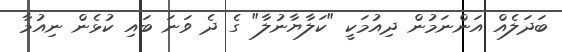
ބަދަލެއް އަންނަމުން ދިއުމަކީ "ކަލާޔާނުލާ" ގެ ދެ ވަނަ ބައި ކުޅެން ނިއުމާ